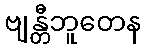
ဗျန္တီဘူတေန